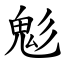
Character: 鬽